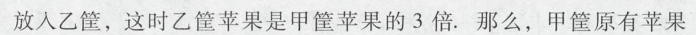
放入乙筐，这时乙筐苹果是甲筐苹果的3倍. 那么，甲筐原有苹果